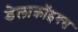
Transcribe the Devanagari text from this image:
डेलाक्रॉइक्स